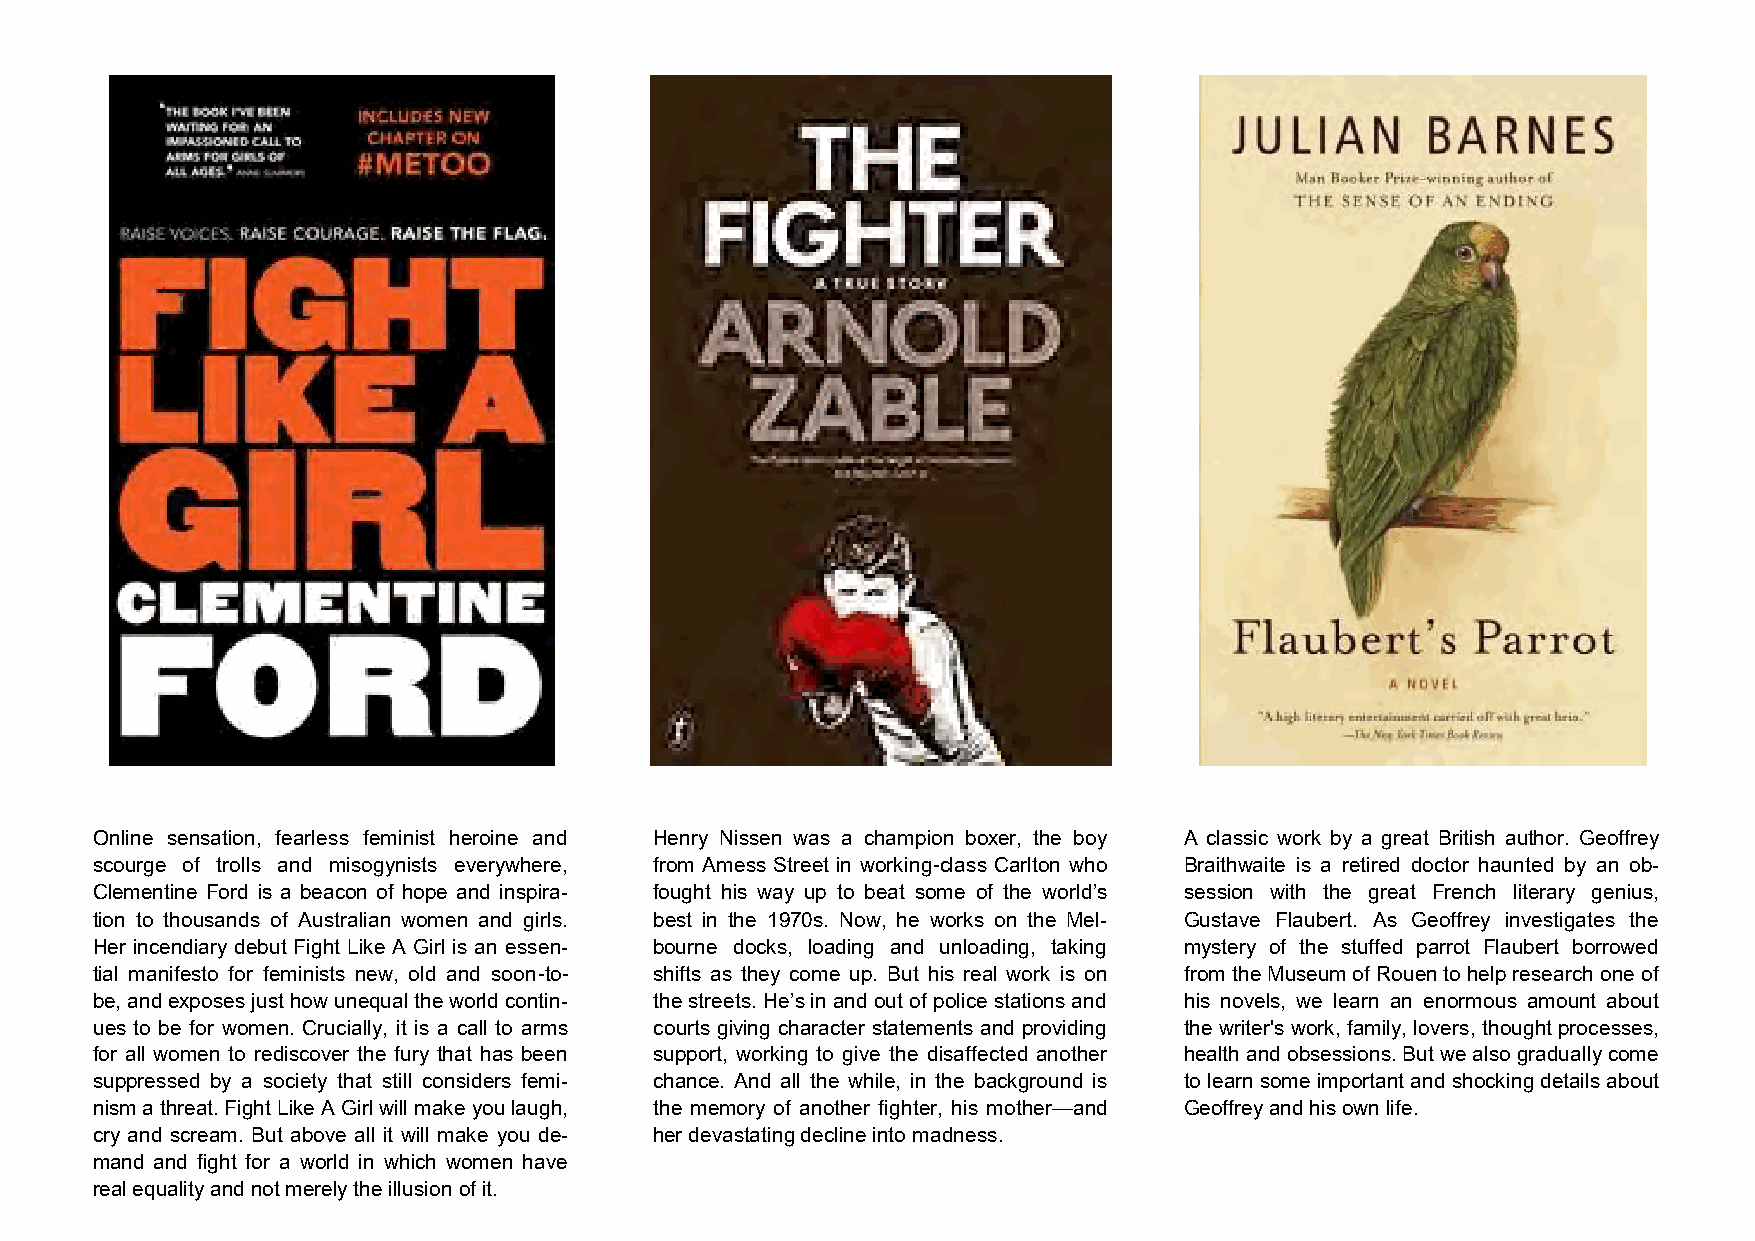
Online sensation, fearless feminist heroine and Henry Nissen was a champion boxer, the boy A classic work by a great British author. Geoffrey
 scourge of trolls and misogynists everywhere, from Amess Street in working-class Carlton who Braithwaite is a retired doctor haunted by an ob-
 Clementine Ford is a beacon of hope and inspira- fought his way up to beat some of the world’s session with the great French literary genius,
 tion to thousands of Australian women and girls. best in the 1970s. Now, he works on the Mel- Gustave Flaubert. As Geoffrey investigates the
 Her incendiary debut Fight Like A Girl is an essen- bourne docks, loading and unloading, taking mystery of the stuffed parrot Flaubert borrowed
 tial manifesto for feminists new, old and soon-to- shifts as they come up. But his real work is on from the Museum of Rouen to help research one of
 be, and exposes just how unequal the world contin- the streets. He’s in and out of police stations and his novels, we learn an enormous amount about
 ues to be for women. Crucially, it is a call to arms courts giving character statements and providing the writer's work, family, lovers, thought processes,
 for all women to rediscover the fury that has been support, working to give the disaffected another health and obsessions. But we also gradually come
 suppressed by a society that still considers femi- chance. And all the while, in the background is to learn some important and shocking details about
 nism a threat. Fight Like A Girl will make you laugh, the memory of another fighter, his mother—and Geoffrey and his own life.
 cry and scream. But above all it will make you de- her devastating decline into madness.
 mand and fight for a world in which women have
 real equality and not merely the illusion of it.